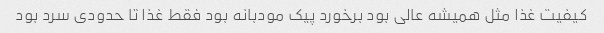
کیفیت غذا مثل همیشه عالی بود برخورد پیک مودبانه بود فقط غذا تا حدودی سرد بود